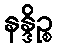
နန္ဒိဉ္စ